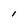
Character: 1